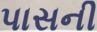
પાસની